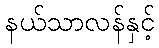
နယ်သာလန်နှင့်